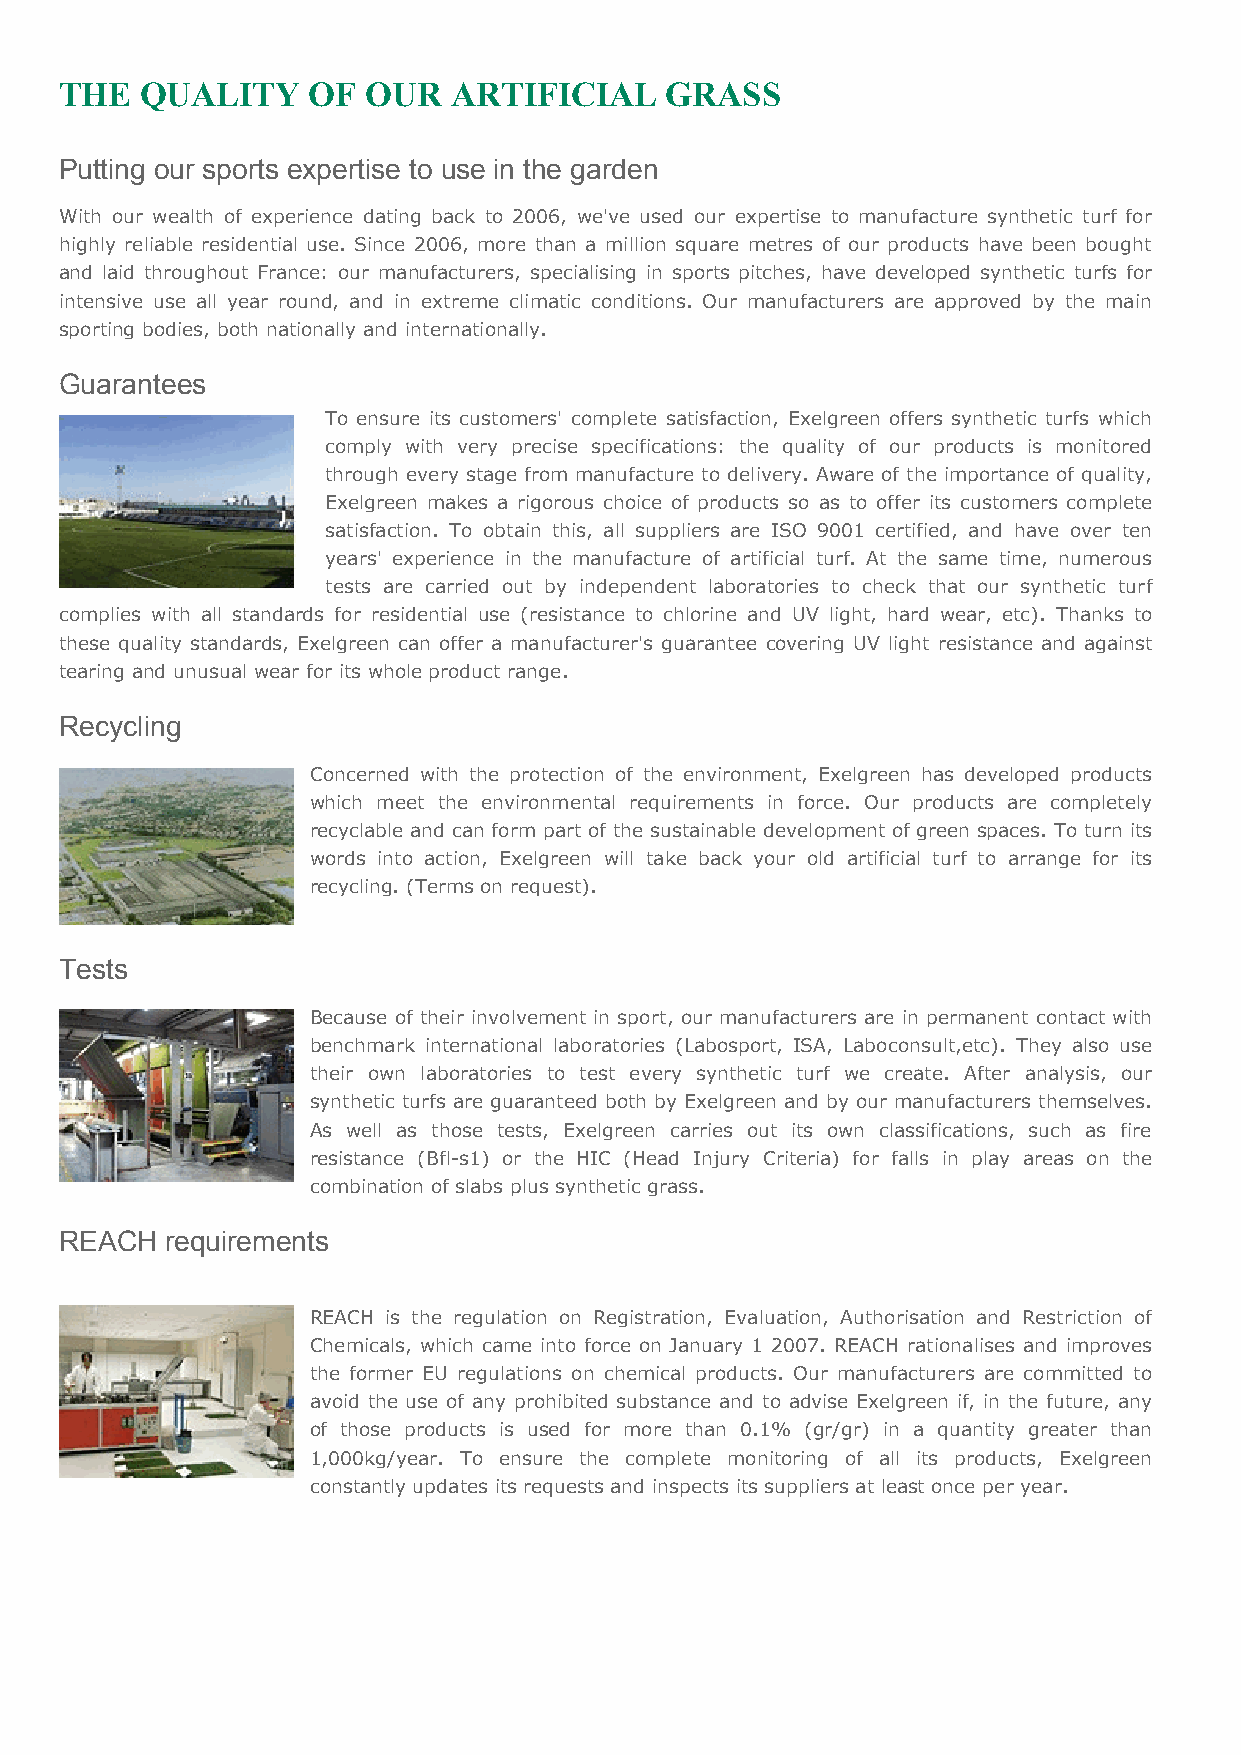
THE  QUALITY    OF  OUR   ARTIFICIAL    GRASS
 Putting our sports expertise to use in the garden
 With our wealth of experience dating back to 2006, we've used our expertise to manufacture synthetic turf for
 highly reliable residential use. Since 2006, more than a million square metres of our products have been bought
 and laid throughout France: our manufacturers, specialising in sports pitches, have developed synthetic turfs for
 intensive use all year round, and in extreme climatic conditions. Our manufacturers are approved by the main
 sporting bodies, both nationally and internationally.
 Guarantees
 To ensure its customers' complete satisfaction, Exelgreen offers synthetic turfs which
 comply with very precise specifications: the quality of our products is monitored
 through every stage from manufacture to delivery. Aware of the importance of quality,
 Exelgreen makes a rigorous choice of products so as to offer its customers complete
 satisfaction. To obtain this, all suppliers are ISO 9001 certified, and have over ten
 years' experience in the manufacture of artificial turf. At the same time, numerous
 tests are carried out by independent laboratories to check that our synthetic turf
 complies with all standards for residential use (resistance to chlorine and UV light, hard wear, etc). Thanks to
 these quality standards, Exelgreen can offer a manufacturer's guarantee covering UV light resistance and against
 tearing and unusual wear for its whole product range.
 Recycling
 Concerned with the protection of the environment, Exelgreen has developed products
 which meet the environmental requirements in force. Our products are completely
 recyclable and can form part of the sustainable development of green spaces. To turn its
 words into action, Exelgreen will take back your old artificial turf to arrange for its
 recycling. (Terms on request).
 Tests
 Because of their involvement in sport, our manufacturers are in permanent contact with
 benchmark international laboratories (Labosport, ISA, Laboconsult,etc). They also use
 their own laboratories to test every synthetic turf we create. After analysis, our
 synthetic turfs are guaranteed both by Exelgreen and by our manufacturers themselves.
 As well as those tests, Exelgreen carries out its own classifications, such as fire
 resistance (Bfl-s1) or the HIC (Head Injury Criteria) for falls in play areas on the
 combination of slabs plus synthetic grass.
 REACH  requirements
 REACH is the regulation on Registration, Evaluation, Authorisation and Restriction of
 Chemicals, which came into force on January 1 2007. REACH rationalises and improves
 the former EU regulations on chemical products. Our manufacturers are committed to
 avoid the use of any prohibited substance and to advise Exelgreen if, in the future, any
 of those products is used for more than 0.1% (gr/gr) in a quantity greater than
 1,000kg/year. To ensure the complete monitoring of all its products, Exelgreen
 constantly updates its requests and inspects its suppliers at least once per year.